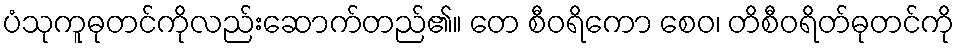
ပံသုကူဓုတင်ကိုလည်းဆောက်တည်၏။ တေ စီဝရိကော စေဝ၊ တိစီဝရိတ်ဓုတင်ကို